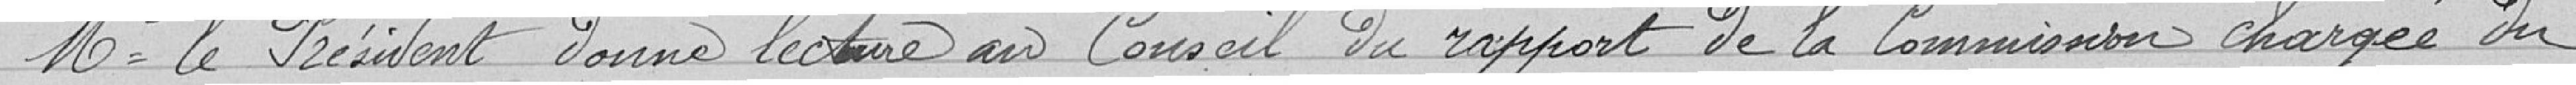
Monsieur le Président donne lecture au Conseil du rapport de la commission chargée du